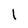
Character: 1